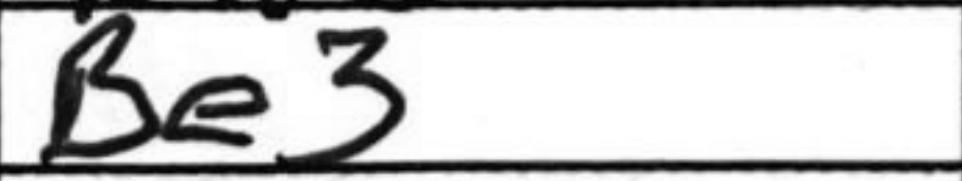
Transcription: Be3